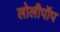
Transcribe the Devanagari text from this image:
लोलीपॉप